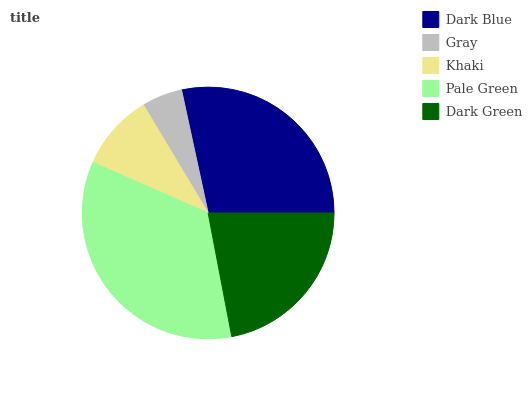
| Dark Blue | Gray | Khaki | Pale Green | Dark Green |
 | --- | --- | --- | --- | --- |
 | 28.4% | 5.21% | 9.85% | 34.6% | 22% |